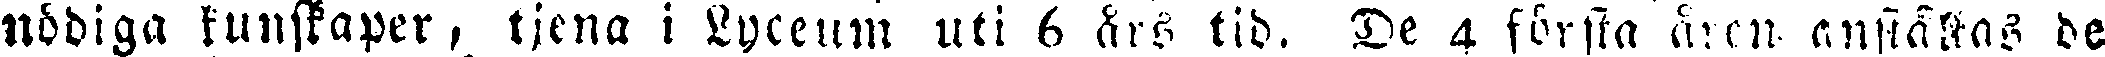
nödiga kunskaper, tjena i Lyceum uti 6 års tid. De 4 första åren anställas de